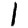
Digit: 1